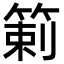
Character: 𥰍